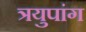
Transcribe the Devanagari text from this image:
त्रयुपांग